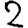
Digit: 2